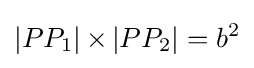
|PP_{1}|\!\!\;\times \!\!\;|PP_{2}|=b^{2}